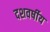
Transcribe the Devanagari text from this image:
दशवर्षीय